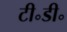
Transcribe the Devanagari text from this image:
टी॰डी॰